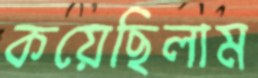
কয়েছিলাম